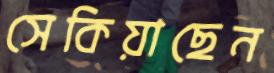
সেকিয়াছেন